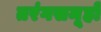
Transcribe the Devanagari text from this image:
तरंगसमूहों